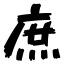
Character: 庶